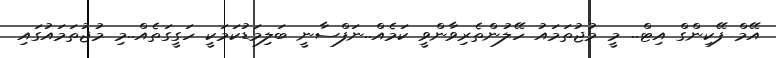
އޭމް ފޭކިންގް އިޓް.. މީ މުޖުތަމައު ހޭލުންތެރިވާންވީ ކަމެއް..ނަފްސާނީ ބަލިމަޑުކަމަކީ ހަގީގަތެއް..މި މުޖުތަމައުގައި